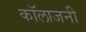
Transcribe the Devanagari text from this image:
कॉलाजनी